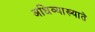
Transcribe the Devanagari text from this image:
अधिव्याख्याते